Scientific memoirs by medical officers of the Army of India - Part XI,
Year: 1898
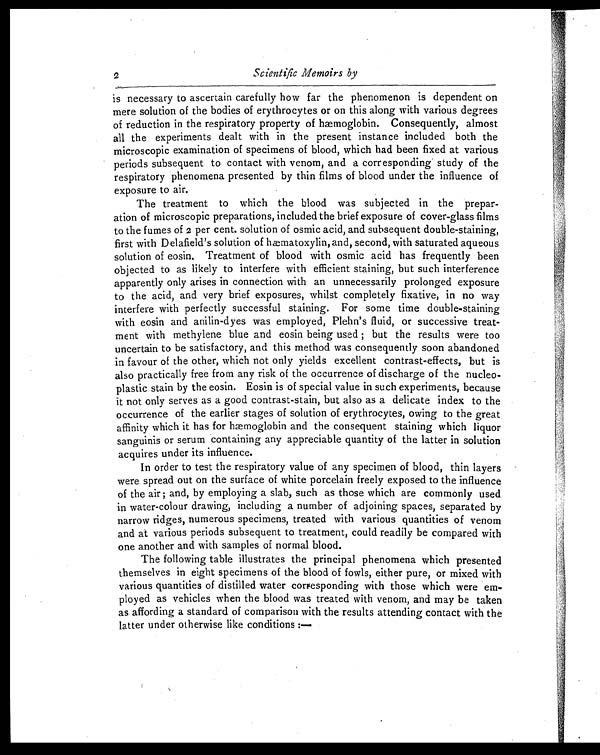
is necessary to ascertain carefully how far the phenomenon is dependent on
mere solution of the bodies of erythrocytes or on this along with various degrees
of reduction in the respiratory property of hæmoglobin. Consequently, almost
all the experiments dealt with in the present instance included both the
microscopic examination of specimens of blood, which had been fixed at various
periods subsequent to contact with venom, and a corresponding study of the
respiratory phenomena presented by thin films of blood under the influence of
exposure to air.
The treatment to which the blood was subjected in the prepar-
ation of microscopic preparations, included the brief exposure of cover-glass films
to the fumes of 2 per cent. solution of osmic acid, and subsequent double-staining,
first with Delafield's solution of hæmatoxylin, and, second, with saturated aqueous
solution of eosin. Treatment of blood with osmic acid has frequently been
objected to as likely to interfere with efficient staining, but such interference
apparently only arises in connection with an unnecessarily prolonged exposure
to the acid, and very brief exposures, whilst completely fixative, in no way
interfere with perfectly successful staining. For some time double-staining
with eosin and anilin-dyes was employed, Plehn's fluid, or successive treat-
ment with methylene blue and eosin being used ; but the results were too
uncertain to be satisfactory, and this method was consequently soon abandoned
in favour of the other, which not only yields excellent contrast-effects, but is
also practically free from any risk of the occurrence of discharge of the nucleo-
plastic stain by the eosin. Eosin is of special value in such experiments., because
it not only serves as a good contrast-stain, but also as a delicate index to the
occurrence of the earlier stages of solution of erythrocytes, owing to the great
affinity which it has for hæmoglobin and the consequent staining which liquor
sanguinis or serum containing any appreciable quantity of the latter in solution
acquires under its influence.
In order to test the respiratory value of any specimen of blood, thin layers
were spread out on the surface of white porcelain freely exposed to the influence
of the air ; and, by employing a slab, such as those which are commonly used
in water-colour drawing, including a number of adjoining spaces, separated by
narrow ridges, numerous specimens, treated with various quantities of venom
and at various periods subsequent to treatment, could readily be compared with
one another and with samples of normal blood.
The following table illustrates the principal phenomena which presented
themselves in eight specimens of the blood of fowls, either pure, or mixed with
various quantities of distilled water corresponding with those which were em-
ployed as vehicles when the blood was treated with venom, and may be taken
as affording a standard of comparison with the results attending contact with the
latter under otherwise like conditions :—